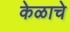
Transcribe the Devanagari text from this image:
केळाचे